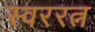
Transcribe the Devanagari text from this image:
स्वररत्न